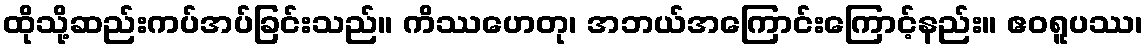
ထိုသို့ဆည်းကပ်အပ်ခြင်းသည်။ ကိဿဟေတု၊ အဘယ်အကြောင်းကြောင့်နည်း။ ဧဝရူပဿ၊